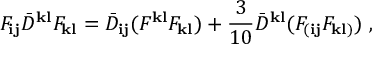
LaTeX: F _ { { \mathbf i } { \mathbf j } } { \bar { D } } ^ { { \mathbf k } { \mathbf l } } F _ { { \mathbf k } { \mathbf l } } = { \bar { D } } _ { { \mathbf i } { \mathbf j } } ( F ^ { { \mathbf k } { \mathbf l } } F _ { { \mathbf k } { \mathbf l } } ) + \frac { 3 } { 1 0 } { \bar { D } } ^ { { \mathbf k } { \mathbf l } } ( F _ { ( { \mathbf i } { \mathbf j } } F _ { { \mathbf k } { \mathbf l } ) } ) \ ,